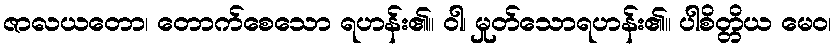
ဇာလယတော၊ တောက်စေသော ရဟန်း၏။ ဝါ၊ မှုတ်သောရဟန်း၏။ ပါစိတ္တိယ မေဝ၊